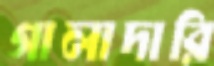
গালাদারি